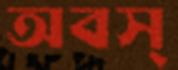
অবস্